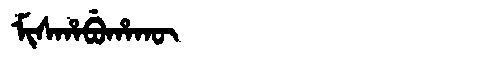
Manchu: ᠮᡳᠰᡥᠠᠪᡠᡥᠠᡴᡡ
Romanization: MISHABUHAKŪ